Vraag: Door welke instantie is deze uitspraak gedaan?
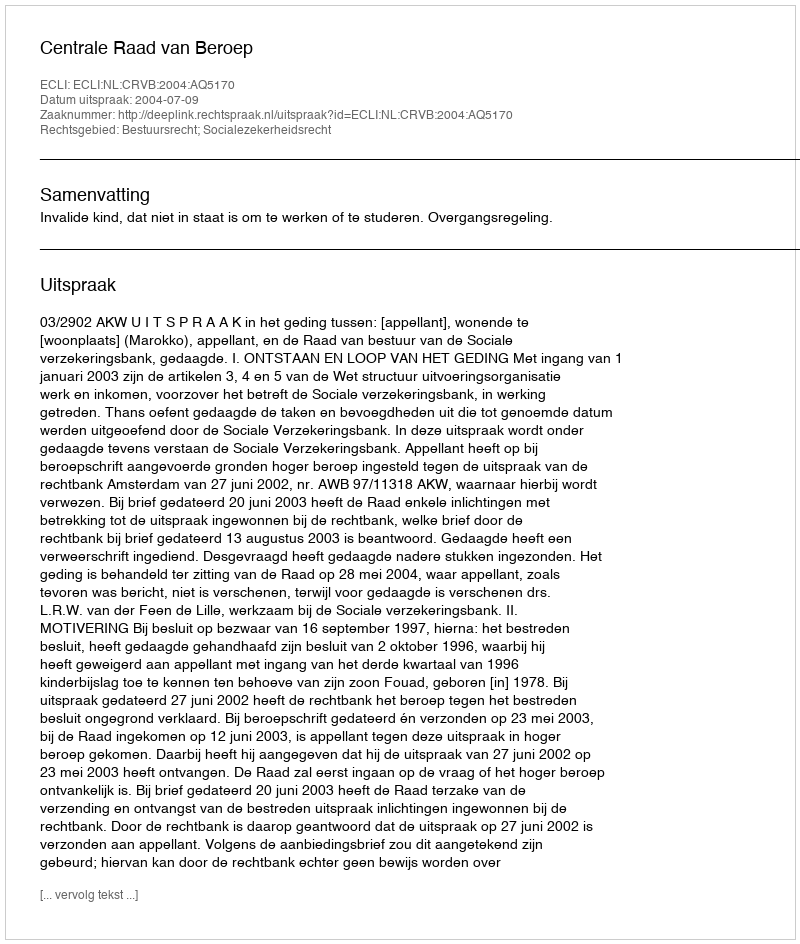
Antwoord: Centrale Raad van Beroep